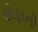
સોફાની